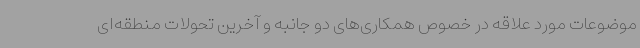
موضوعات مورد علاقه در خصوص همکاری‌های دو جانبه و آخرین تحولات منطقه‌ای